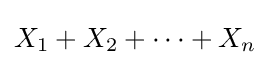
X_{1}+X_{2}+\cdots +X_{n}